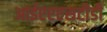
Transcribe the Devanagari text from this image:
आईएएएसटीडी